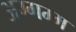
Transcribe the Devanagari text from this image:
अग्गम्म